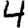
Digit: 4